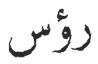
رؤس